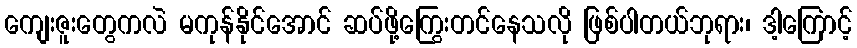
ကျေးဇူးတွေကလဲ မကုန်နိုင်အောင် ဆပ်ဖို့ကြွေးတင်နေသလို ဖြစ်ပါတယ်ဘုရား၊ ဒါ့ကြောင့်